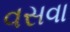
વસવા